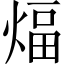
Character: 煏